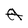
Character: A